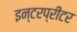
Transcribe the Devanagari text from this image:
इन्टरप्रीटर